Language: tamil
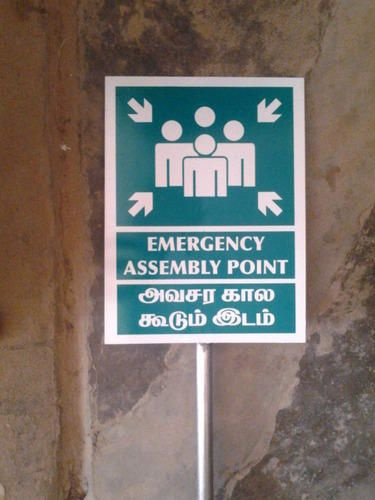
Transcription: அவசா் கால கூடும் இடம்